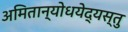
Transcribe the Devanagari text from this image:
अमितान्योधयेद्यस्तु